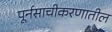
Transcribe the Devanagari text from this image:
पूर्नसाचीकरणातील